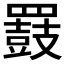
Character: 𪔒